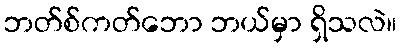
ဘတ်စ်ကတ်ဘော ဘယ်မှာ ရှိသလဲ။